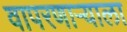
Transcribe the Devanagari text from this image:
वापरणाऱ्याला